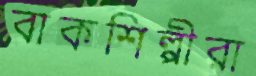
বাকশিল্পীরা